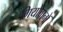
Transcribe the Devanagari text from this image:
गियोवानो